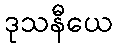
ဒုသနီယေ